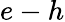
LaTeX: e-h